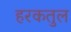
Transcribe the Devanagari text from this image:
हरकतुल